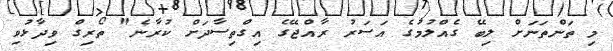
މި ތަންތަނަށް ލިބޭ ގެއްލުމުގެ އަސަރު ރާއްޖޭގެ އިގްތިސާދަށް ކުރާނެ" ތޯރިގް ވިދާޅުވި